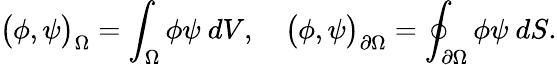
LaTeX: \big(\phi,\psi\big)_{\Omega}=\int_{\Omega}\phi\psi\ dV,\quad\big(\phi,\psi\big)_{\partial\Omega}=\oint_{\partial\Omega}\phi\psi\ dS.